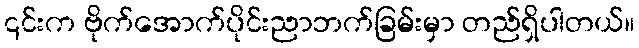
၎င်းက ဗိုက်အောက်ပိုင်းညာဘက်ခြမ်းမှာ တည်ရှိပါတယ်။